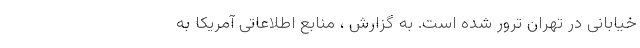
خیابانی در تهران ترور شده است. به گزارش ، منابع اطلاعاتی آمریکا به